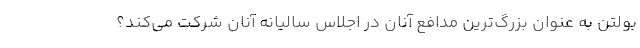
بولتن به عنوان بزرگ‌ترین مدافع آنان در اجلاس سالیانه آنان شرکت می‌کند؟